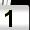
Digit: 1